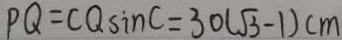
P Q = C Q \sin C = 3 0 ( \sqrt { 3 } - 1 ) c m